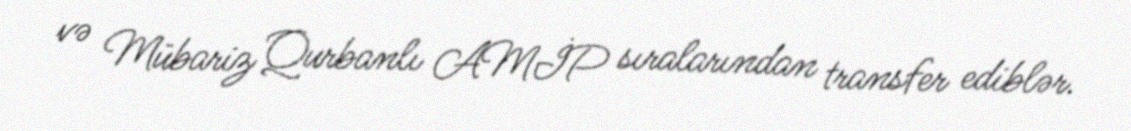
və Mübariz Qurbanlı AMİP sıralarından transfer ediblər.